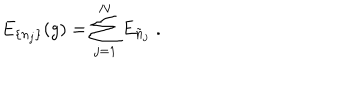
E _ { \{ n _ { j } \} } ( g ) = \sum _ { j = 1 } ^ { N } E _ { \tilde { n } _ { j } } \; .